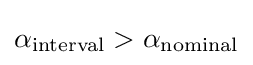
\alpha _{\text{interval}}>\alpha _{\text{nominal}}